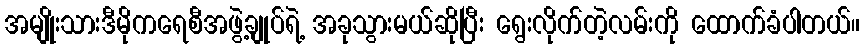
အမျိုးသားဒီမိုကရေစီအဖွဲ့ချုပ်ရဲ့ အခုသွားမယ်ဆိုပြီး ရွေးလိုက်တဲ့လမ်းကို ထောက်ခံပါတယ်။